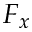
F _ { x }